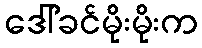
ဒေါ်ခင်မိုးမိုးက